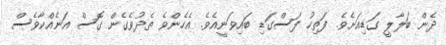
ދެން ބަލާލީ ގަޑިއަށެވެ. ފަތިހު ފަސްގަޑި ބައިވަނީއެވެ. އެހެންވެ ތެދުވެގެން ގޮސް އަނެއްކާވެސް